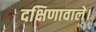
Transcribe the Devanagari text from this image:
दक्षिणावाले।